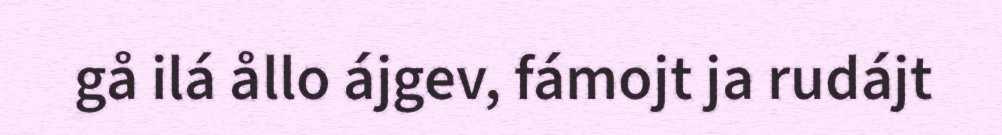
gå ilá ållo ájgev, fámojt ja rudájt